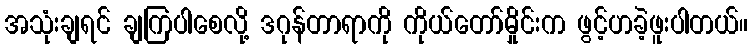
အသုံးချရင် ချကြပါစေလို့ ဒဂုန်တာရာကို ကိုယ်တော်မှိုင်းက ဖွင့်ဟခဲ့ဖူးပါတယ်။